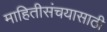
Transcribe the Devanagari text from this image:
माहितीसंचयासाठी